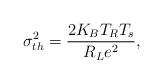
LaTeX: \begin{align*}\sigma^2_{th} = \frac{2 K_B T_R T_s}{R_L e^2},\end{align*}